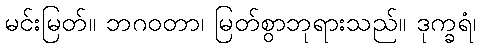
မင်းမြတ်။ ဘဂဝတာ၊ မြတ်စွာဘုရားသည်။ ဒုက္ခရံ၊